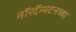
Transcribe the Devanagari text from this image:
नॉरदॅम्पटनच्या